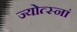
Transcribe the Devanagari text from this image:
ज्योत्स्नां